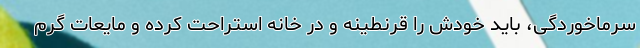
سرماخوردگی، باید خودش را قرنطینه و در خانه استراحت کرده و مایعات گرم